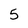
Character: 5